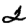
Digit: 2